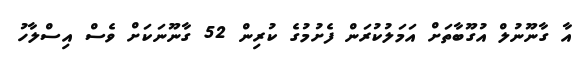
އާ ގާނޫނުލް އުގޫބާތަށް އަމަލުކުރަން ފެށުމުގެ ކުރިން 52 ގާނޫނަކަށް ވެސް އިސްލާހު